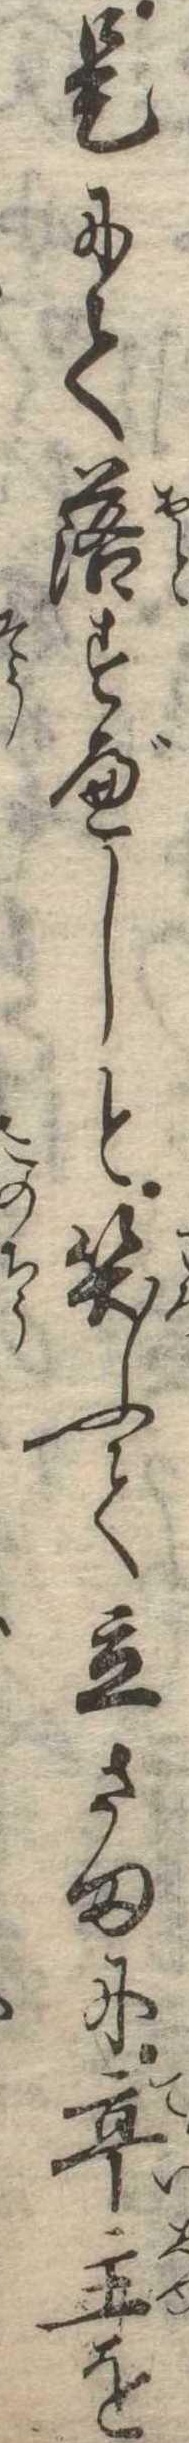
是にて落すべしと笑ふて立さまに亭主を